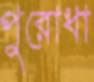
পুরোধা